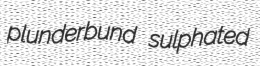
plunderbund sulphated